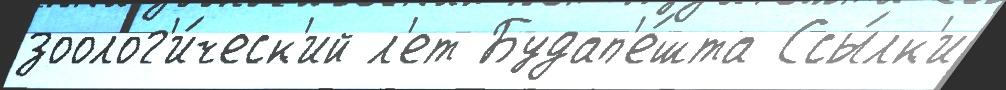
зоолог'и́ческ'ий л'ет Будап'е́шта Ссы́лк'и